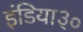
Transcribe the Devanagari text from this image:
इंडिया३०